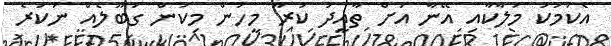
އެކަމަކު މަލާކާއި އޭނާ އަށް ތާއީދު ކުރާ މީހުން މިކަން ގަބޫލެއް ނުކުރެ